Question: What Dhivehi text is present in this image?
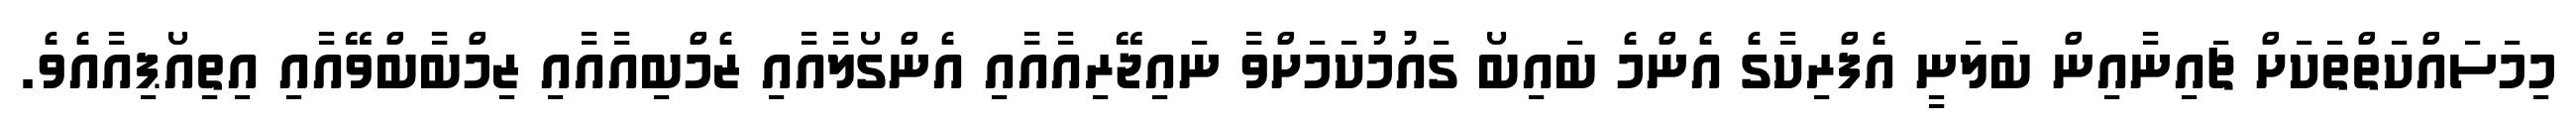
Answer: މިމަސައްކަތްތަކަށް ޗައިނާއިން ބަލަނީ އެފްރިކާގެ އެންމެ ބައިބޯ ގައުމުކަމަށްވާ ނައިޖޭރިއާއާއި އެންގޯލާއާއި ޒެމްބިއާއާއި ޒިމްބާބްވޭއާއި އިތިއޯޕިއާއެވެ.